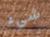
شيء